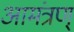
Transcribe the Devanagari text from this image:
आमंत्रण्